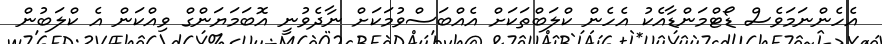
އެހެންނަމަވެސް ޑޯޓްމަންޑާއެކު އެހެން ކްލަބްތަކަށް އެއްބަސްވުމަކަށް ނާދެވުނީ އޮބަމަޔަންގް ވިއްކަން އެ ކްލަބުން